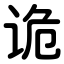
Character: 诡